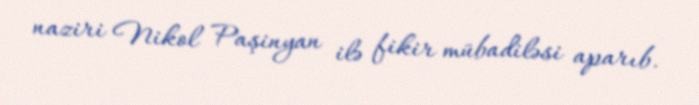
naziri Nikol Paşinyan ilə fikir mübadiləsi aparıb.